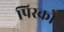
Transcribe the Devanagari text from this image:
पिस्को